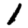
Digit: 1